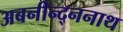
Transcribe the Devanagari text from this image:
अबनीन्द्ननाथ